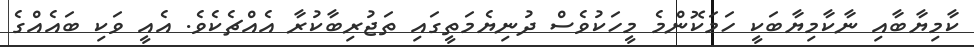
ކާމިޔާބާއި ނާކާމިޔާބަކީ ހަމަކޮންމެ މީހަކުވެސް ދުނިޔެމަތީގައި ތަޖުރިބާކުރާ އެއްޗެކެވެ. އެއީ ވަކި ބައެއްގެ